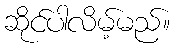
ဆိုင်ပါလိမ့်မည်။